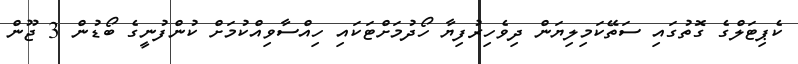
ކެޕިޓަލްގެ ގޮތުގައި ސަތޭކަމިލިޔަން ދިވެހިރުފިޔާ ހޯދުމަށްޓަކަައި ހިއްސާވިއްކުމަށް ކުންފުނީގެ ބޯޑުން 3 ޖޫން